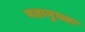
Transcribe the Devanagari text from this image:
महायुक्तः